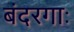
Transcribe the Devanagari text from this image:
बंदरगाः